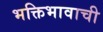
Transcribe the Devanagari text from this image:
भक्तिभावाची